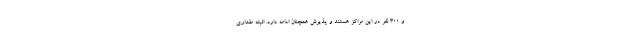
و ۳۰۰ نفر در این مراکز هستند و پذیرش همچنان ادامه دارد. البته مقداری